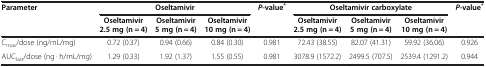
<table><thead><tr><td rowspan="2"><b>Parameter</b></td><td colspan="3"><b>Oseltamivir</b></td><td><b><i>P</i>-value<sup>*</sup></b></td><td colspan="3"><b>Oseltamivir carboxylate</b></td><td><b><i>P</i>-value<sup>*</sup></b></td></tr><tr><td><b>Oseltamivir 2.5 mg (n = 4)</b></td><td><b>Oseltamivir 5 mg (n = 4)</b></td><td><b>Oseltamivir 10 mg (n = 4)</b></td><td><b> </b></td><td><b>Oseltamivir 2.5 mg (n = 4)</b></td><td><b>Oseltamivir 5 mg (n = 4)</b></td><td><b>Oseltamivir 10 mg (n = 4)</b></td><td><b> </b></td></tr></thead><tbody><tr><td>C<sub>max</sub>/dose (ng/mL/mg)</td><td>0.72 (0.37)</td><td>0.94 (0.66)</td><td>0.84 (0.30)</td><td>0.981</td><td>72.43 (38.55)</td><td>82.07 (41.31)</td><td>59.92 (36.06)</td><td>0.926</td></tr><tr><td>AUC<sub>last</sub>/dose (ng · h/mL/mg)</td><td>1.29 (0.33)</td><td>1.92 (1.37)</td><td>1.55 (0.55)</td><td>0.981</td><td>3078.9 (1572.2)</td><td>2499.5 (707.5)</td><td>2539.4 (1291.2)</td><td>0.944</td></tr></tbody></table>